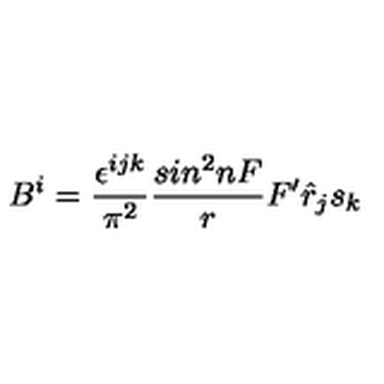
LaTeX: B ^ { i } = \frac { \epsilon ^ { i j k } } { \pi ^ { 2 } } \frac { s i n ^ { 2 } n F } { r } F ^ { \prime } { \hat { r } } _ { j } s _ { k }